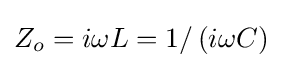
Z_{o}=i\omega L=1/\left(i\omega C\right)